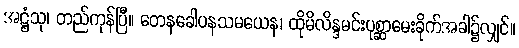
အဋ္ဌံသု၊ တည်ကုန်ပြီ။ တေနခေါပနသမယေန၊ ထိုမိလိန္ဒမင်းပုစ္ဆာမေးခိုက်အခါ၌လျှင်။